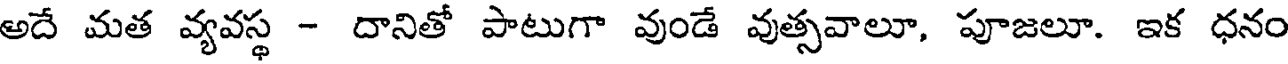
అదే మత వ్యవస్థ - దానితో పాటుగా వుండే వుత్సవాలూ, పూజలూ. ఇక ధనం